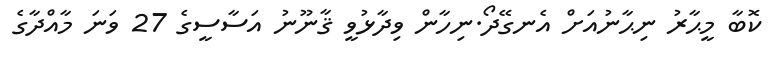
ކޮބާ މީޙާރު ނިޙާނުއަށް އެނގޭދޯ.ނިހާން ވިދާޅުވީ ޤާނޫނު އަސާސީގެ 27 ވަނަ މާއްދާގެ